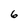
Character: 6